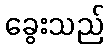
ခွေးသည်